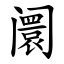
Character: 阛